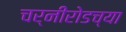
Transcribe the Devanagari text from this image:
चर्नीरोडच्या